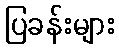
ပြခန်းများ